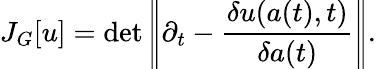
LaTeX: J_{G}[u]=\operatorname*{det}\left|\! \left|\partial_{t}-\frac{\delta u(a(t),t)}{\delta a(t)}\right|\! \right|.